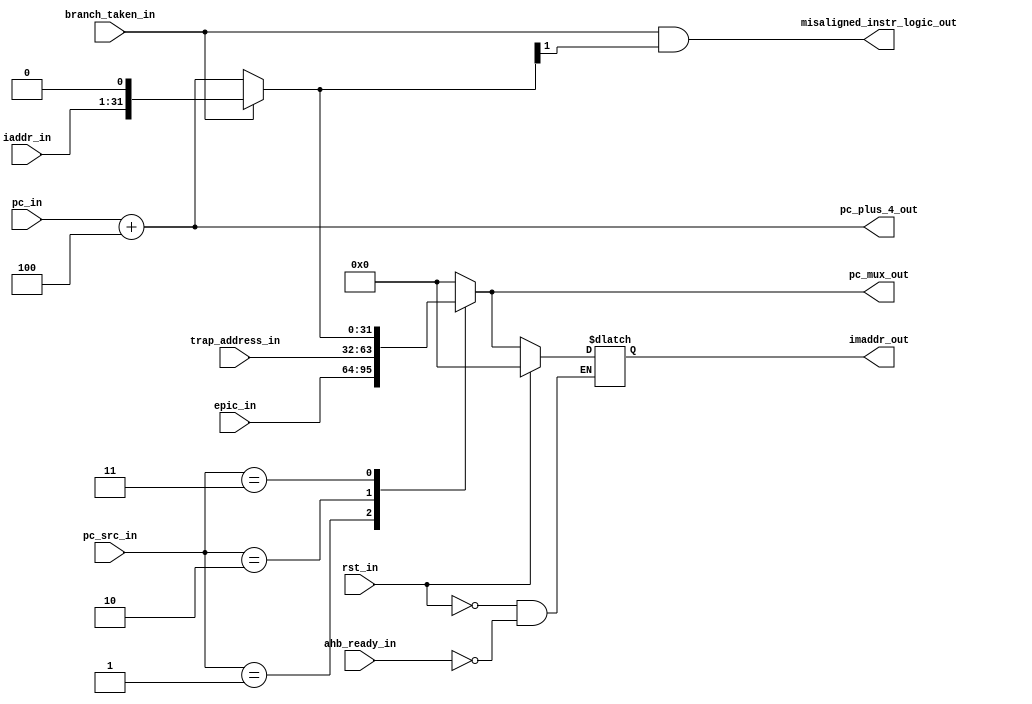
module msrv_32_pc_mux (
  
  input wire rst_in,
  input wire [1:0] pc_src_in,
  input wire [31:0] epic_in,
  input wire [31:0]  trap_address_in,
  input wire branch_taken_in,
  input wire [31:1] iaddr_in,
  input wire  ahb_ready_in,
  input wire [31:0] pc_in,

  output reg [31:0] imaddr_out,
  output reg [31:0] pc_mux_out,
  output reg [31:0] pc_plus_4_out,
  output reg  misaligned_instr_logic_out
);


  // PC_MUX logic
  reg [31:0] concat;
  reg [31:0] next_pc;
  
  
  always @(*) begin
    concat={iaddr_in[31:1],1'b0};
    pc_plus_4_out=pc_in+32'h00000004;
  
  if (branch_taken_in) begin
    next_pc=concat;
  end

  else begin
    next_pc=pc_plus_4_out;
  end

  case(pc_src_in) 
         
      2'b00: pc_mux_out=32'h00000000;
      2'b01: pc_mux_out=epic_in;
      2'b10: pc_mux_out=trap_address_in;
      2'b11: pc_mux_out=next_pc; 
      default pc_mux_out=next_pc;
   endcase 

   misaligned_instr_logic_out=branch_taken_in & next_pc[1];

    if (rst_in) begin
      imaddr_out <= 32'h0; 
     end

    else if (ahb_ready_in) begin
      imaddr_out <= pc_mux_out; 
    end

  end

endmodule